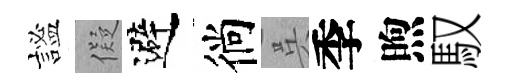
謐儗避徜呉季煦馭